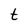
Character: t